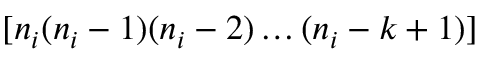
[ n _ { i } ( n _ { i } - 1 ) ( n _ { i } - 2 ) \dots ( n _ { i } - k + 1 ) ]